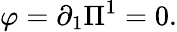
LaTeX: \varphi=\partial_{1}\Pi^{1}=0.